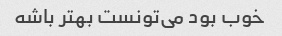
خوب بود می‌تونست بهتر باشه